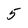
Character: 5